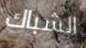
الشباك